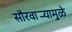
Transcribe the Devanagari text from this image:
सौरवार्‍यामुळे